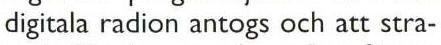
digitala radion antogs och att stra-